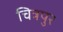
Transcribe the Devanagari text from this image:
चित्रपुर